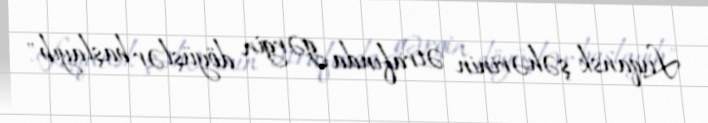
Luqansk şəhərinin ətrafında gərgin döyüşlər başlayıb".